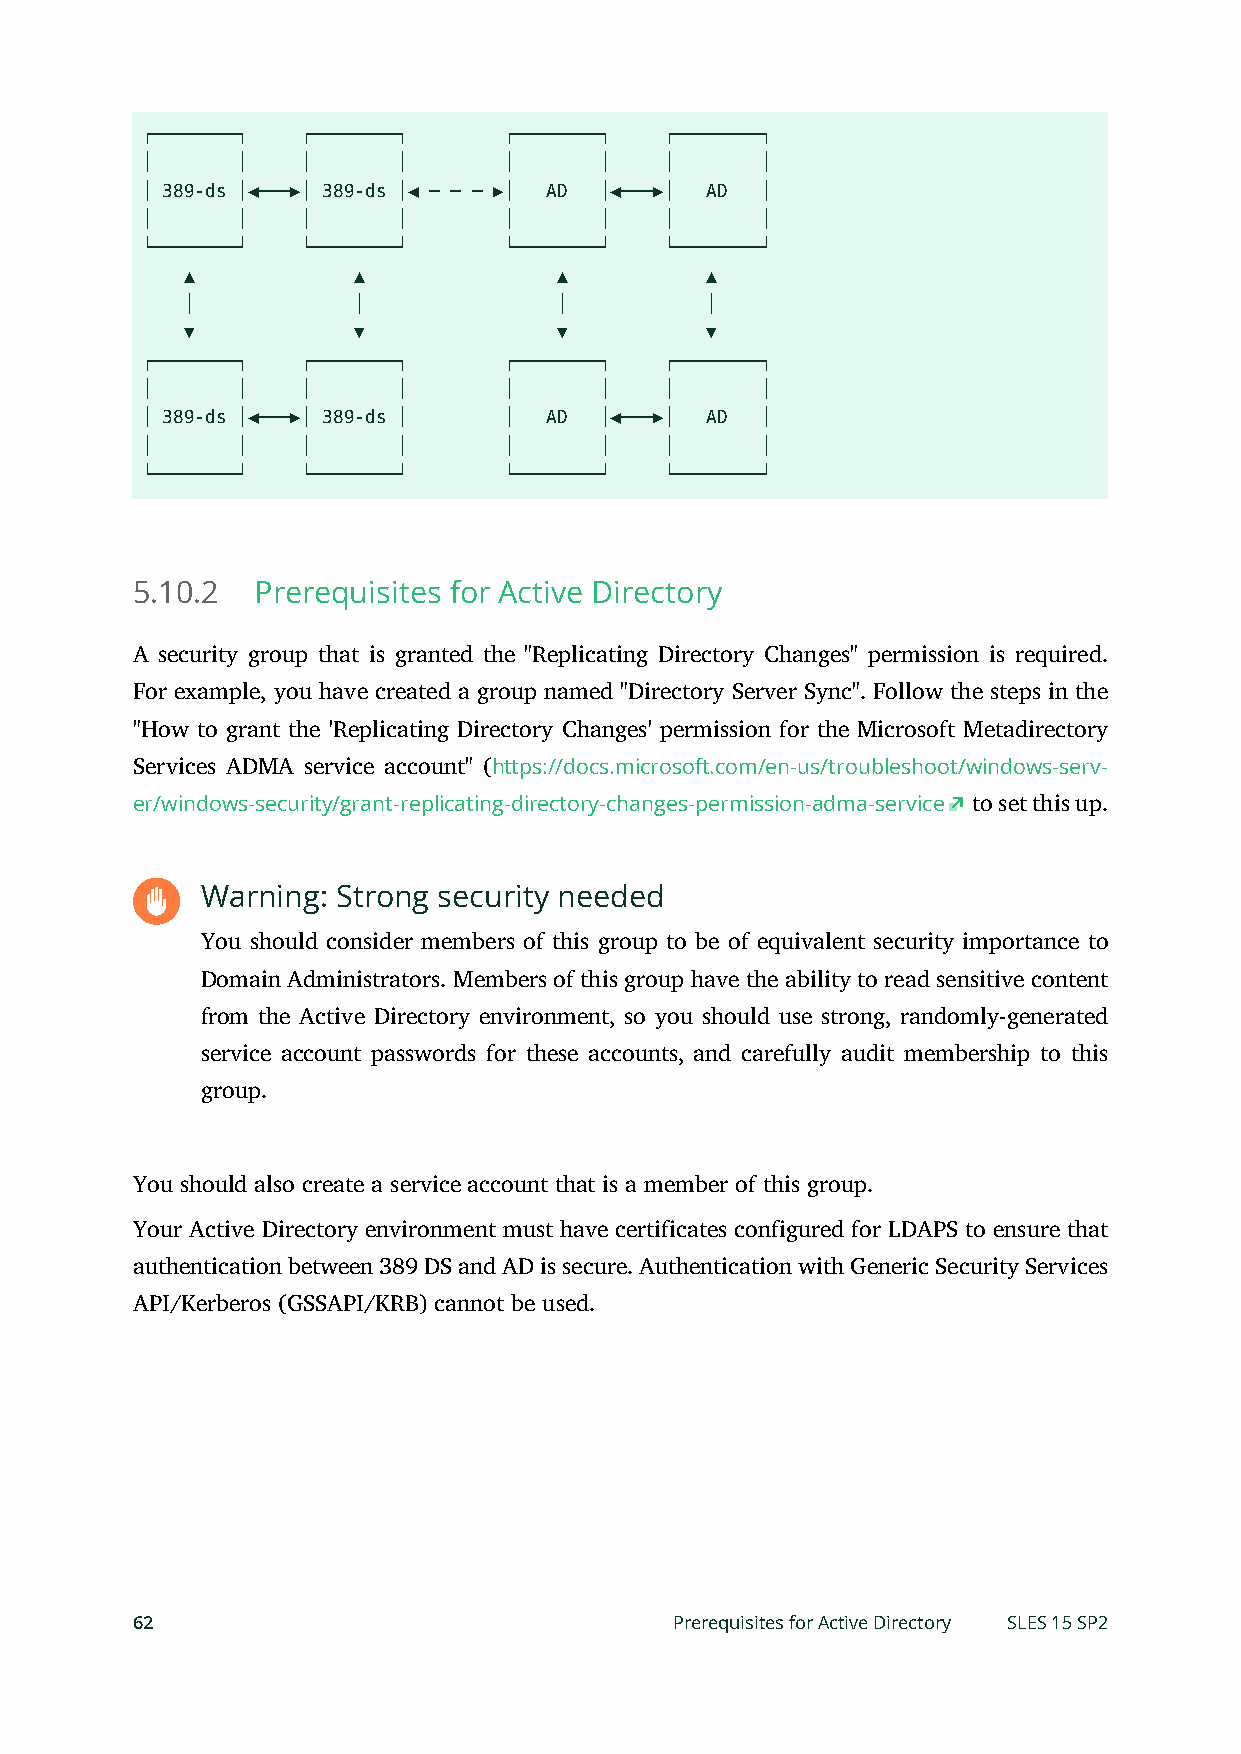
┌────────┐ ┌────────┐   ┌────────┐ ┌────────┐
 │      │   │     │      │      │   │     │
 │ 389-ds │◀───▶│ 389-ds │◀ ─ ─ ─ ▶│ AD │◀───▶│ AD │
 │      │   │     │      │      │   │     │
 └────────┘ └────────┘   └────────┘ └────────┘
 ▲           ▲            ▲         ▲
 │           │            │         │
 ▼           ▼            ▼         ▼
 ┌────────┐ ┌────────┐   ┌────────┐ ┌────────┐
 │      │   │     │      │      │   │     │
 │ 389-ds │◀───▶│ 389-ds │ │ AD │◀───▶│ AD │
 │      │   │     │      │      │   │     │
 └────────┘ └────────┘   └────────┘ └────────┘
 5.10.2  Prerequisites for Active Directory
 A security group that is granted the "Replicating Directory Changes" permission is required.
 For example, you have created a group named "Directory Server Sync". Follow the steps in the
 "How to grant the 'Replicating Directory Changes' permission for the Microsoft Metadirectory
 Services ADMA service account" (https://docs.microsoft.com/en-us/troubleshoot/windows-serv-
 er/windows-security/grant-replicating-directory-changes-permission-adma-service to set this up.
 Warning: Strong security needed
 You should consider members of this group to be of equivalent security importance to
 Domain Administrators. Members of this group have the ability to read sensitive content
 from the Active Directory environment, so you should use strong, randomly-generated
 service account passwords for these accounts, and carefully audit membership to this
 group.
 You should also create a service account that is a member of this group.
 Your Active Directory environment must have certificates configured for LDAPS to ensure that
 authentication between 389 DS and AD is secure. Authentication with Generic Security Services
 API/Kerberos (GSSAPI/KRB) cannot be used.
 62                                  Prerequisites for Active Directory SLES 15 SP2